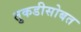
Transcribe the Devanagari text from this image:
तुकडीसोबत